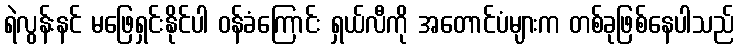
ရဲလွန်းနင် မဖြေရှင်းနိုင်ပါ ဝန်ခံကြောင်း ရှယ်လီကို အတောင်ပံများက တစ်ခုဖြစ်နေပါသည်